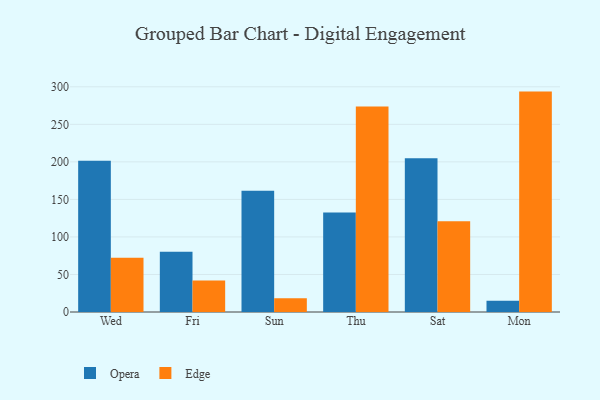
{"axis": {"x": "Day", "y": "Operating Costs (USD K)"}, "legend": ["Edge", "Opera"], "data": [{"x": "Wed", "y": 201.6, "type": "Opera"}, {"x": "Wed", "y": 72.2, "type": "Edge"}, {"x": "Fri", "y": 80.3, "type": "Opera"}, {"x": "Fri", "y": 42.0, "type": "Edge"}, {"x": "Sun", "y": 161.4, "type": "Opera"}, {"x": "Sun", "y": 18.4, "type": "Edge"}, {"x": "Thu", "y": 132.7, "type": "Opera"}, {"x": "Thu", "y": 273.7, "type": "Edge"}, {"x": "Sat", "y": 204.8, "type": "Opera"}, {"x": "Sat", "y": 120.9, "type": "Edge"}, {"x": "Mon", "y": 15.0, "type": "Opera"}, {"x": "Mon", "y": 293.6, "type": "Edge"}]}